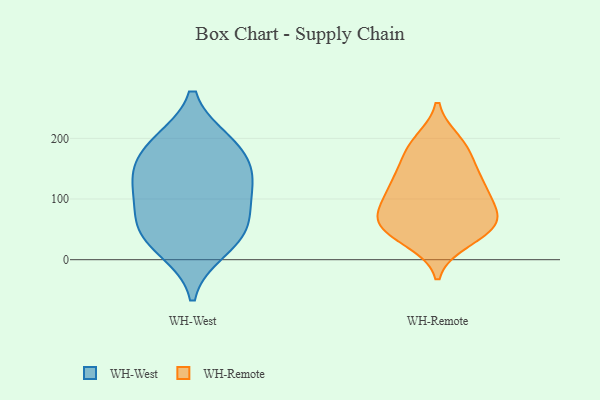
{"axis": {"x": "Active Users", "y": "Value"}, "legend": ["WH-Remote", "WH-West"], "data": [{"x": "", "y": 52, "type": "WH-West"}, {"x": "", "y": 41, "type": "WH-West"}, {"x": "", "y": 193, "type": "WH-West"}, {"x": "", "y": 191, "type": "WH-West"}, {"x": "", "y": 126, "type": "WH-West"}, {"x": "", "y": 162, "type": "WH-West"}, {"x": "", "y": 133, "type": "WH-West"}, {"x": "", "y": 108, "type": "WH-West"}, {"x": "", "y": 17, "type": "WH-West"}, {"x": "", "y": 66, "type": "WH-West"}, {"x": "", "y": 193, "type": "WH-Remote"}, {"x": "", "y": 81, "type": "WH-Remote"}, {"x": "", "y": 195, "type": "WH-Remote"}, {"x": "", "y": 126, "type": "WH-Remote"}, {"x": "", "y": 177, "type": "WH-Remote"}, {"x": "", "y": 52, "type": "WH-Remote"}, {"x": "", "y": 31, "type": "WH-Remote"}, {"x": "", "y": 63, "type": "WH-Remote"}, {"x": "", "y": 117, "type": "WH-Remote"}, {"x": "", "y": 75, "type": "WH-Remote"}, {"x": "", "y": 163, "type": "WH-Remote"}, {"x": "", "y": 116, "type": "WH-Remote"}, {"x": "", "y": 71, "type": "WH-Remote"}, {"x": "", "y": 113, "type": "WH-Remote"}, {"x": "", "y": 37, "type": "WH-Remote"}, {"x": "", "y": 67, "type": "WH-Remote"}, {"x": "", "y": 49, "type": "WH-Remote"}, {"x": "", "y": 140, "type": "WH-Remote"}]}